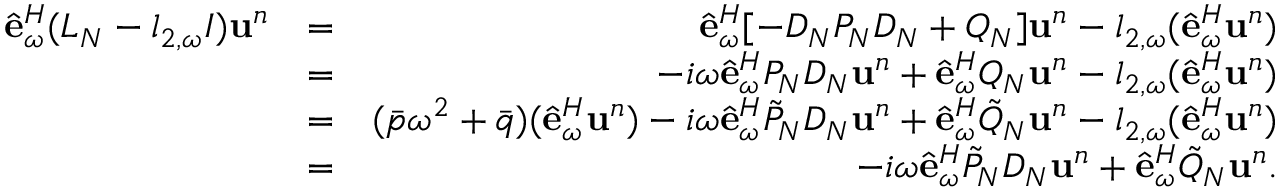
\begin{array} { r l r } { \hat { \bf e } _ { \omega } ^ { H } ( L _ { N } - l _ { 2 , \omega } I ) { \bf u } ^ { n } } & { = } & { \hat { \bf e } _ { \omega } ^ { H } [ - D _ { N } P _ { N } D _ { N } + Q _ { N } ] { \bf u } ^ { n } - l _ { 2 , \omega } ( \hat { \bf e } _ { \omega } ^ { H } { \bf u } ^ { n } ) } \\ & { = } & { - i \omega \hat { \bf e } _ { \omega } ^ { H } P _ { N } D _ { N } { \bf u } ^ { n } + \hat { \bf e } _ { \omega } ^ { H } Q _ { N } { \bf u } ^ { n } - l _ { 2 , \omega } ( \hat { \bf e } _ { \omega } ^ { H } { \bf u } ^ { n } ) } \\ & { = } & { ( \bar { p } \omega ^ { 2 } + \bar { q } ) ( \hat { \bf e } _ { \omega } ^ { H } { \bf u } ^ { n } ) - i \omega \hat { \bf e } _ { \omega } ^ { H } \tilde { P } _ { N } D _ { N } { \bf u } ^ { n } + \hat { \bf e } _ { \omega } ^ { H } \tilde { Q } _ { N } { \bf u } ^ { n } - l _ { 2 , \omega } ( \hat { \bf e } _ { \omega } ^ { H } { \bf u } ^ { n } ) } \\ & { = } & { - i \omega \hat { \bf e } _ { \omega } ^ { H } \tilde { P } _ { N } D _ { N } { \bf u } ^ { n } + \hat { \bf e } _ { \omega } ^ { H } \tilde { Q } _ { N } { \bf u } ^ { n } . } \end{array}